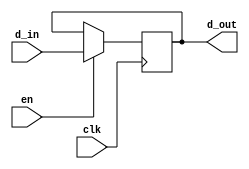
`timescale 1ns/100ps

module Reg8 ( d_in, clk, en, d_out );
   input [7:0] d_in;
   input clk, en;
   output [7:0] d_out;
   reg [7:0] d_out;
   
   always @( posedge clk )
      if (en) d_out = d_in;
   
endmodule